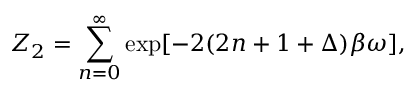
Z _ { 2 } = \sum _ { n = 0 } ^ { \infty } \exp [ - 2 ( 2 n + 1 + \Delta ) \beta \omega ] ,